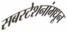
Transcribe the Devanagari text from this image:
सबस्टेशनांमधून